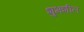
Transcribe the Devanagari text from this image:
शुभशील